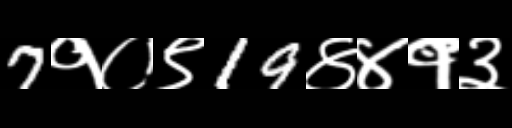
Text: 7१०९19४४१३